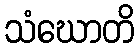
သံဃောတိ